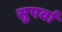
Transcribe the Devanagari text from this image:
सुपर्वा